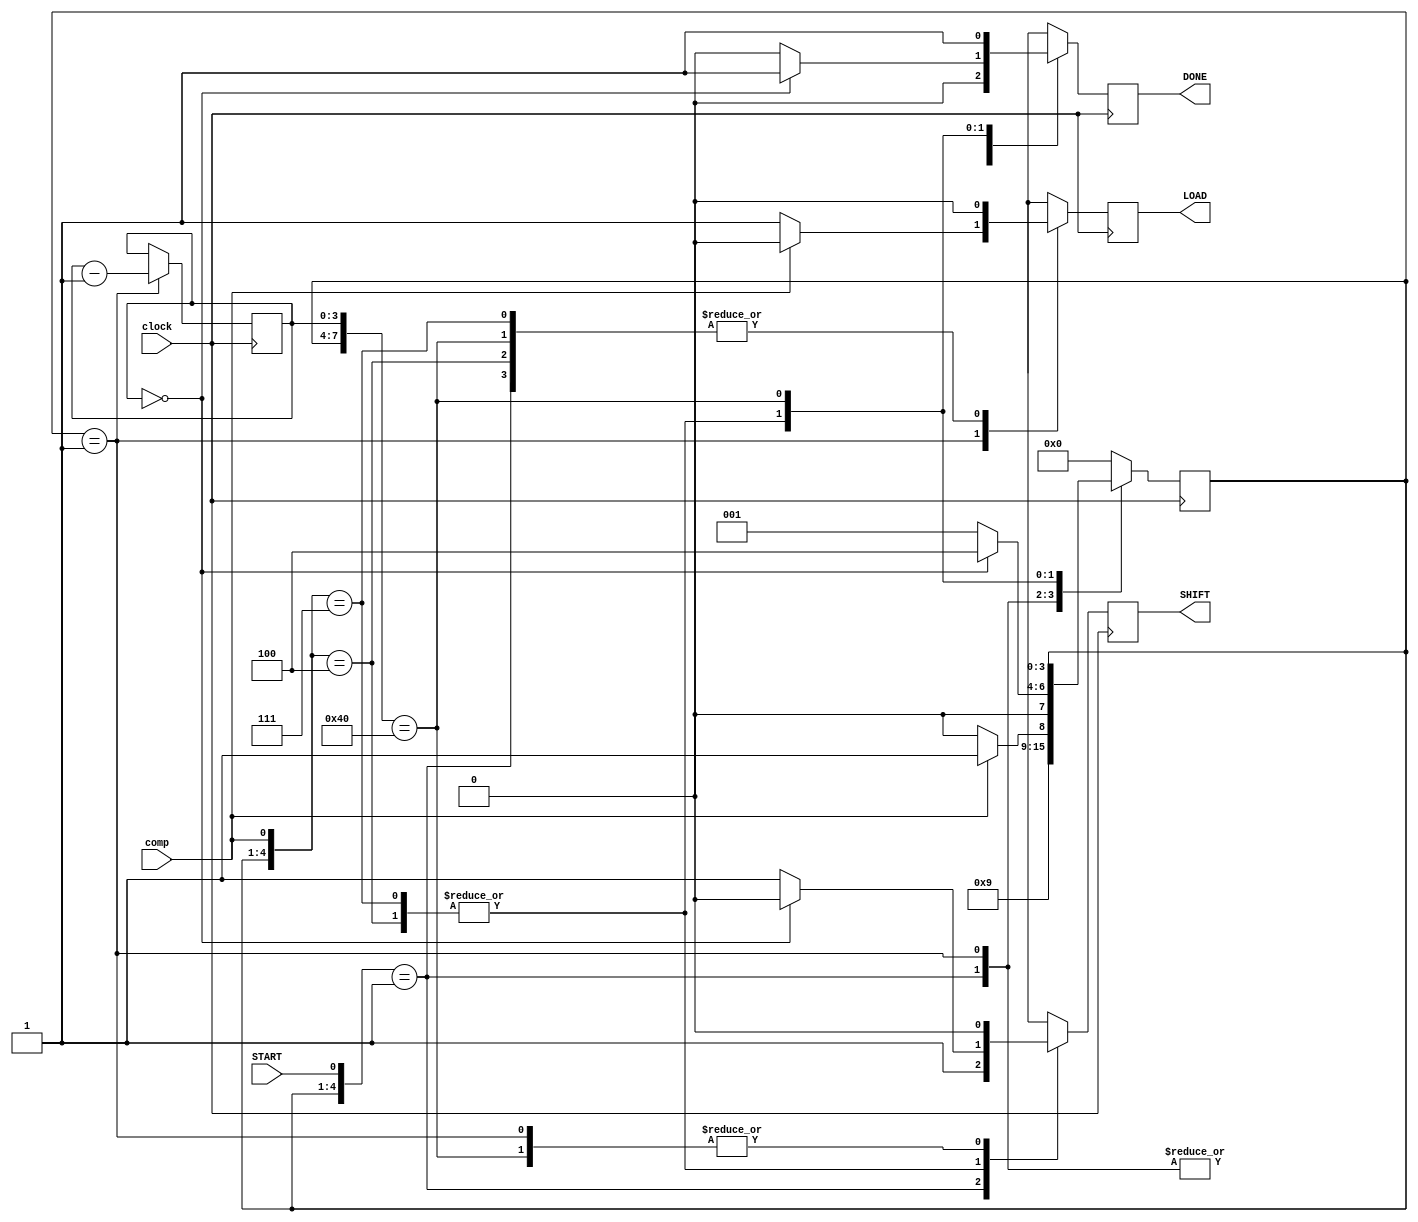
module control(START, comp, clock, DONE, SHIFT, LOAD);
 
    // inputs 
    input START;
    input comp;
    input clock;
 
    // registers
    reg [3:0] count = 4;
    reg [3:0] STATE = 8'd0;
    output reg SHIFT = 8'd0;
    output reg LOAD = 8'd0;
    output reg DONE= 8'd0;
 
    // parameters
    parameter S0 = 8'd0;
    parameter S1 = 8'd1;
    parameter S2 = 8'd2;
    parameter S3 = 8'd3;
    parameter S4 = 8'd4;
    
    //Positive edge clock
    always @(posedge clock)       
    begin
        casex({STATE, START, count, comp})
            {S0, 1'd1, 4'dX, 1'dX}: 
            begin 
                STATE = S1;
                SHIFT = 1;
                LOAD  = 0;
                DONE  = 0;
            end

            {S1, 1'dX, 4'dx, 1'dx}: 
            begin 
                count = count - 1;
                if (comp == 0) 
                begin
                    STATE = S2;
                    SHIFT = 0;
                    LOAD = 1;
                    DONE = 0;
                end 
                else 
                begin
                    STATE = S3;
                    SHIFT = 0;
                    LOAD = 0;
                    DONE = 0;
                end
            end 
                    
            {S2, 1'dX, 4'dx, 1'd0}: 
            begin
                if (count == 0) 
                begin 
                    STATE = S4;
                    SHIFT = 0;
                    LOAD = 0;
                    DONE = 1;
                end 
                else 
                begin
                    STATE = S1;
                    SHIFT = 1;
                    LOAD = 0;
                    DONE =0;                            
                end
            end

            {S3, 1'dX, 4'dx, 1'd1}: 
            begin
                SHIFT = 0;
                LOAD = 0;
                DONE = 0;

                if (count == 0) 
                begin 
                    STATE = S4;
                    SHIFT = 0;
                    LOAD = 0;
                    DONE = 1;
                end 
                else 
                begin
                    STATE = S1;
                    SHIFT = 1;
                    LOAD = 0;
                    DONE = 0;
                end
            end

            {S4, 1'dX, 4'd0, 1'dX}: 
            begin 
                SHIFT = 0; 
                LOAD =0;
                DONE = 1;
            end
            default : {STATE, SHIFT, LOAD, DONE} = {S0, 1'dX, 1'dX, 1'dX};             
        endcase
    end  
endmodule